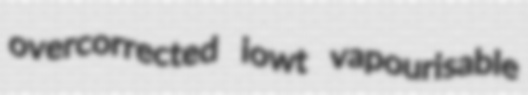
overcorrected iowt vapourisable